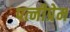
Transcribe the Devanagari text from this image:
पत्नीप्रेम